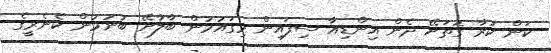
ކަން ކުރާ ގޮތަށޭ ދެން އިންޑިއާ ސިފައިން މިގައުމުން ބާލާށޭ ބުނުމުން ކެނެރީގެ